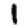
Digit: 1